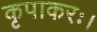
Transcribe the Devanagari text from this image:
कृपाकरः।